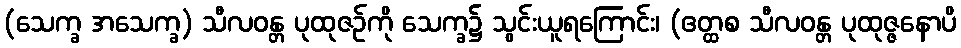
(သေက္ခ အသေက္ခ) သီလဝန္တ ပုထုဇဉ်ကို သေက္ခ၌ သွင်းယူရကြောင်း၊ (ဧတ္ထစ သီလဝန္တ ပုထုဇ္ဇနောပိ